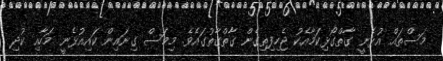
މަސްތައް އުޅެނީ ގާތްގޯޅިކަމާއެކު ޖެހިފިތިގެން ގާތްގާތުގައެވެ. މިމަސް ގިނައިން ކައިއުޅެނީ މަހާއި ކުދި